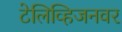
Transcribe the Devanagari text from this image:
टेलिव्हिजनवर